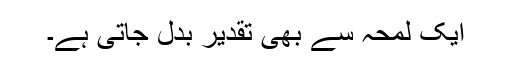
ایک لمحہ سے بھی تقدیر بدل جاتی ہے۔